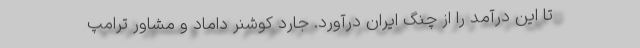
تا این درآمد را از چنگ ایران درآورد. جارد کوشنر داماد و مشاور ترامپ